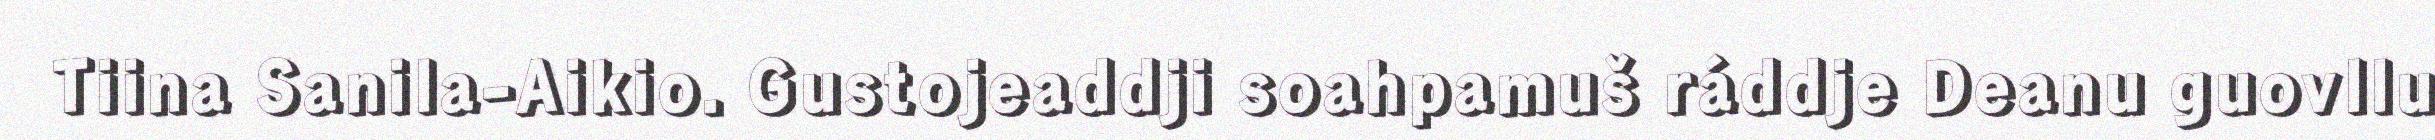
Tiina Sanila-Aikio. Gustojeaddji soahpamuš ráddje Deanu guovllu